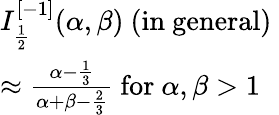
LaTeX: \begin{array}{l}{I_{\frac{1}{2}}^{[-1]}(\alpha,\beta){\mathrm{~(in~general)~}}}\\ {\approx{\frac{\alpha-{\frac{1}{3}}}{\alpha+\beta-{\frac{2}{3}}}}{\mathrm{~for~}}\alpha,\beta>1}\end{array}